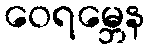
ဝေရမ္ဘေန